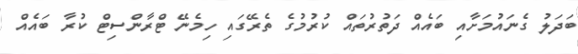
ބަދަލު ގެނައުމަށާއި ބައެއް ދަތުރުތައް ކުރުމުގެ ތެރޭގައި ހިމެނޭ ޓްރާންސިޓް ކުރާ ބައެއް